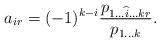
LaTeX: \begin{align*} a_{ir}=(-1)^{k-i} \frac{p_{1\dotsc \widehat{i}\dotsc kr}}{p_{1\dotsc k}}.\end{align*}